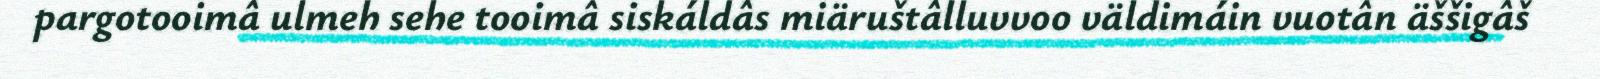
pargotooimâ ulmeh sehe tooimâ siskáldâs miäruštâlluvvoo väldimáin vuotân äššigâš